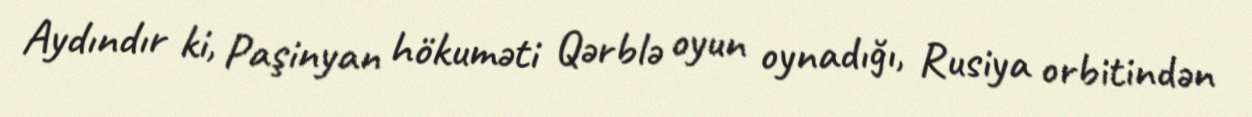
Aydındır ki, Paşinyan hökuməti Qərblə oyun oynadığı, Rusiya orbitindən